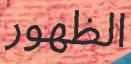
الظھور